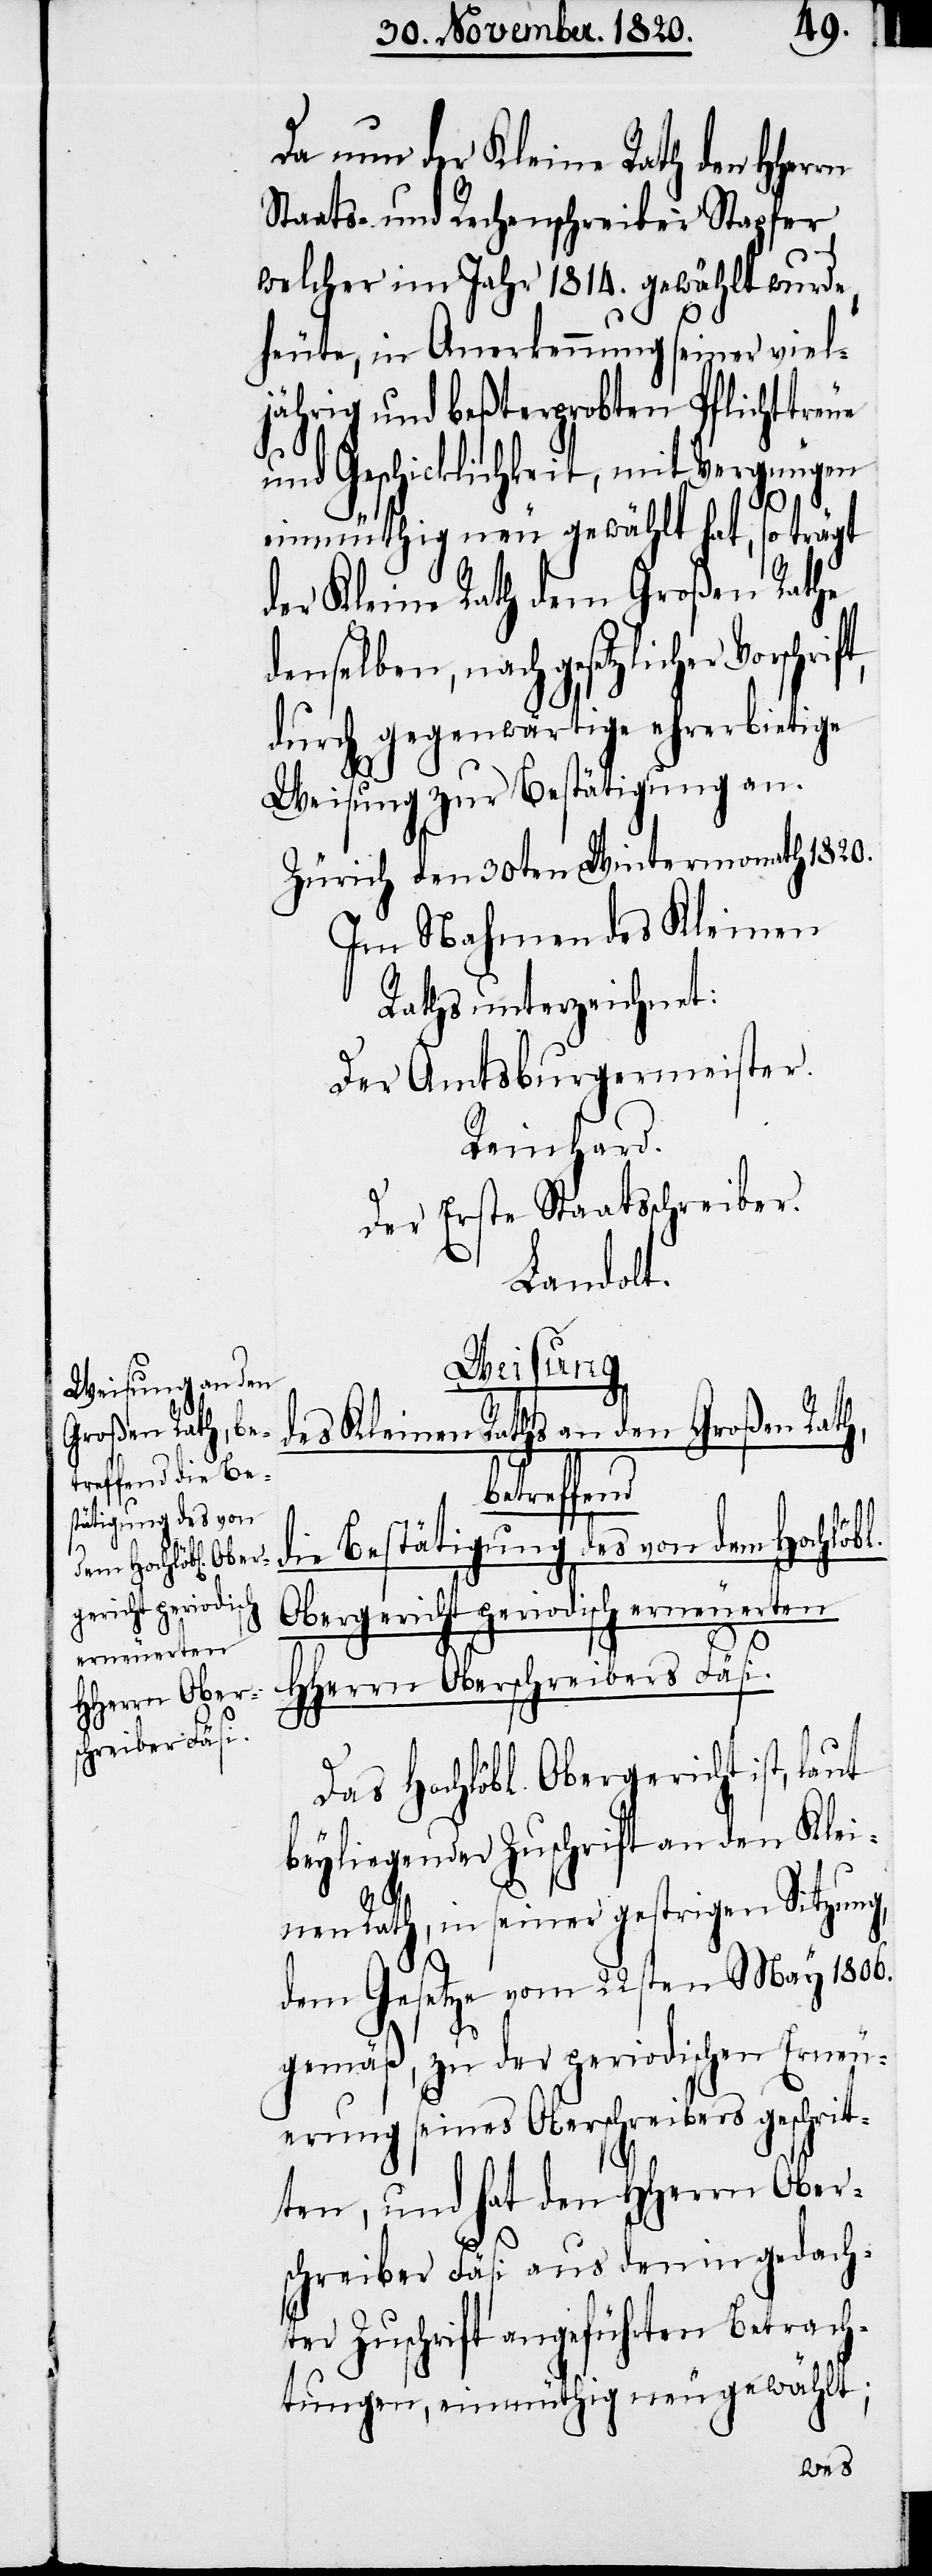
Da nun der Kleine Rath den HHerrn
Staats- und Rechenschreiber Stapfer,
welcher im Jahr 1814. gewählt wurde,
heute, in Anerkennung seiner viel¬
jährig und beßterprobten Pflichttreue
und Geschicklichkeit, mit Vergnügen
l.
einmüthig neu gewählt hat, so trägt
der Kleine Rath dem großen Rathe
denselben, nach gesetzlicher
durch gegenwärtige ehrerbietige
Weisung zur Bestätigung an.
Zürich den 30ten Wintermonath 1820.
Im Nahmen des Kleinen
Raths unterzeichnet:
Der Amtsburgermeister.
Reinhard.
Der Erste Staatsschreiber.
Landolt.
Weisung
des Kleinen Rathes an den Großen Rat¬
etreffend
die Bestätigung des von dem Hochlöb¬
Obergericht periodisch erneuerten
HHerrn Oberschreibers Fäsi.
b¬
Das Hochlöbl. Obergericht ist, laut
beyliegender Zuschrift an den Klei¬
nen Rath, in seiner gestrigen Sitzung,
dem Gesetze vom 22sten May 1806.
gemäß, zu der periodischen Erneu¬
erung seines Oberschreibers geschrit¬
ten, und hat den HHerrn Ober¬
schreiber Fäsi aus den in gedach¬
ter Zuschrift angeführten Betrach¬
tungen, einmüthig neugewählt;